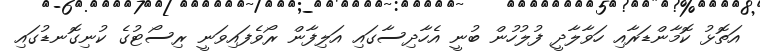
އަތޮޅު ކޮމާންޑަރާއި ހަވާލާދީ ފުލުހުން ބުނީ އެހާދިސާގައި އަލިފާން ރޯވެފައިވަނީ ރިސޯޓުގެ ކުނިގޮނޑުގައި